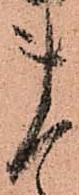
ま